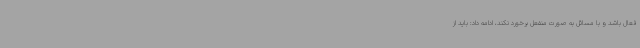
فعال باشد و با مسائل به صورت منفعل برخورد نکند، ادامه داد: باید از